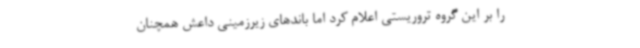
را بر این گروه تروریستی اعلام کرد اما باندهای زیرزمینی داعش همچنان